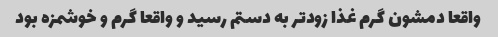
واقعا دمشون گرم غذا زودتر به دستم رسید و واقعا گرم و خوشمزه بود